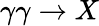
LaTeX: \gamma\gamma\to X